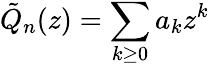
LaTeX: \tilde{Q}_{n}(z)=\sum_{k\geq 0}a_{k}z^{k}